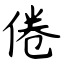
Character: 倦